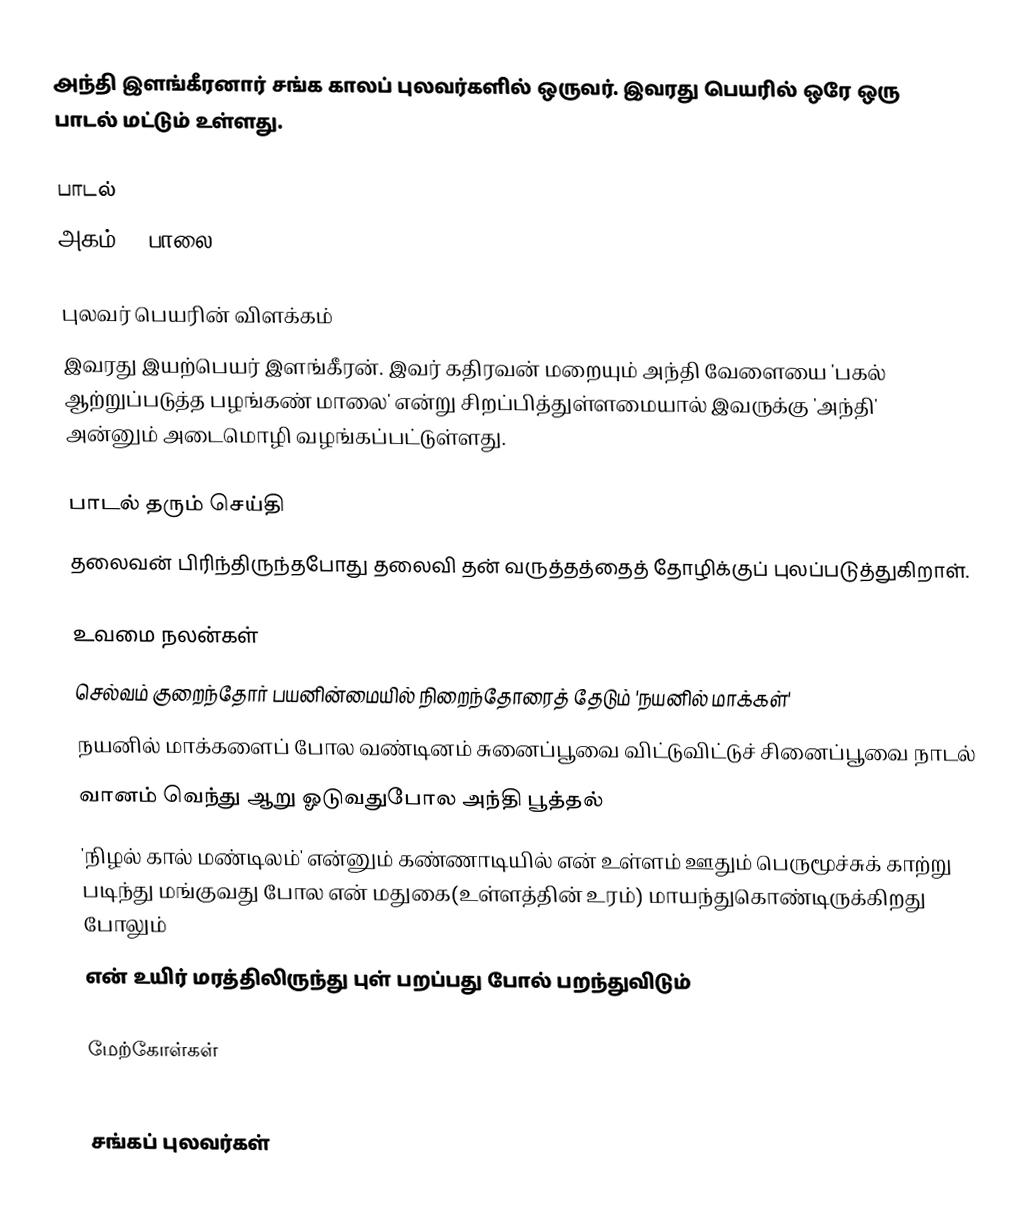
அந்தி இளங்கீரனார் சங்க காலப் புலவர்களில் ஒருவர். இவரது பெயரில் ஒரே ஒரு பாடல் மட்டும் உள்ளது.

பாடல்
அகம் 71 பாலை

புலவர் பெயரின் விளக்கம்
இவரது இயற்பெயர் இளங்கீரன். இவர் கதிரவன் மறையும் அந்தி வேளையை 'பகல் ஆற்றுப்படுத்த பழங்கண் மாலை' என்று சிறப்பித்துள்ளமையால் இவருக்கு 'அந்தி' அன்னும் அடைமொழி வழங்கப்பட்டுள்ளது.

பாடல் தரும் செய்தி
தலைவன் பிரிந்திருந்தபோது தலைவி தன் வருத்தத்தைத் தோழிக்குப் புலப்படுத்துகிறாள்.

உவமை நலன்கள்
 செல்வம் குறைந்தோர் பயனின்மையில் நிறைந்தோரைத் தேடும் 'நயனில் மாக்கள்'
 நயனில் மாக்களைப் போல வண்டினம் சுனைப்பூவை விட்டுவிட்டுச் சினைப்பூவை நாடல்
 வானம் வெந்து ஆறு ஓடுவதுபோல அந்தி பூத்தல்
 'நிழல் கால் மண்டிலம்' என்னும் கண்ணாடியில் என் உள்ளம் ஊதும் பெருமூச்சுக் காற்று படிந்து மங்குவது போல என் மதுகை(உள்ளத்தின் உரம்) மாயந்துகொண்டிருக்கிறது போலும்
 என் உயிர் மரத்திலிருந்து புள் பறப்பது போல் பறந்துவிடும்

மேற்கோள்கள்

சங்கப் புலவர்கள்